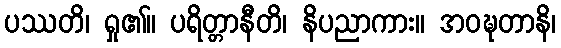
ပဿတိ၊ ရှု၏။ ပရိတ္တာနီတိ၊ နိပညာကား။ အဝဍ္ဎတာနိ၊